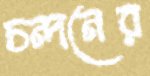
চন্দনের